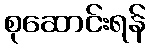
စုဆောင်းရန်